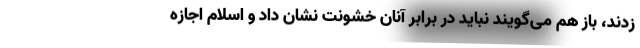
زدند، باز هم مى‌گويند نبايد در برابر آنان خشونت نشان داد و اسلام اجازه